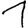
Digit: 1